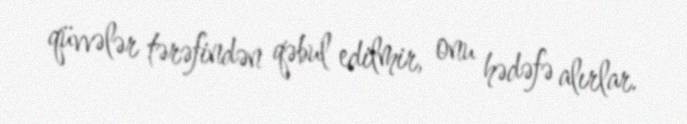
qüvvələr tərəfindən qəbul edilmir, onu hədəfə alırlar.